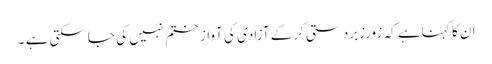
ان کا کہنا ہے کہ زورزبردستی کرکے آزادی کی آواز ختم نہیں کی جاسکتی ہے ۔